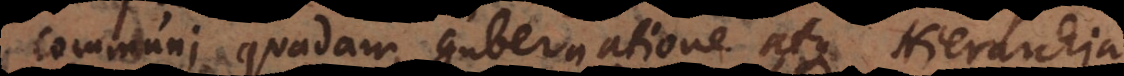
communi quadam gubernatione atque Hierarchia